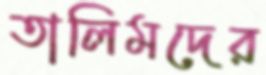
তালিমদের